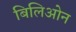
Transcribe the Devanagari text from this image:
बिलिओन